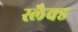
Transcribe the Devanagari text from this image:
स्लैक्ड